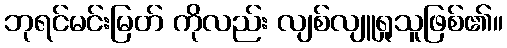
ဘုရင်မင်းမြတ် ကိုလည်း လျစ်လျူရှုသူဖြစ်၏။